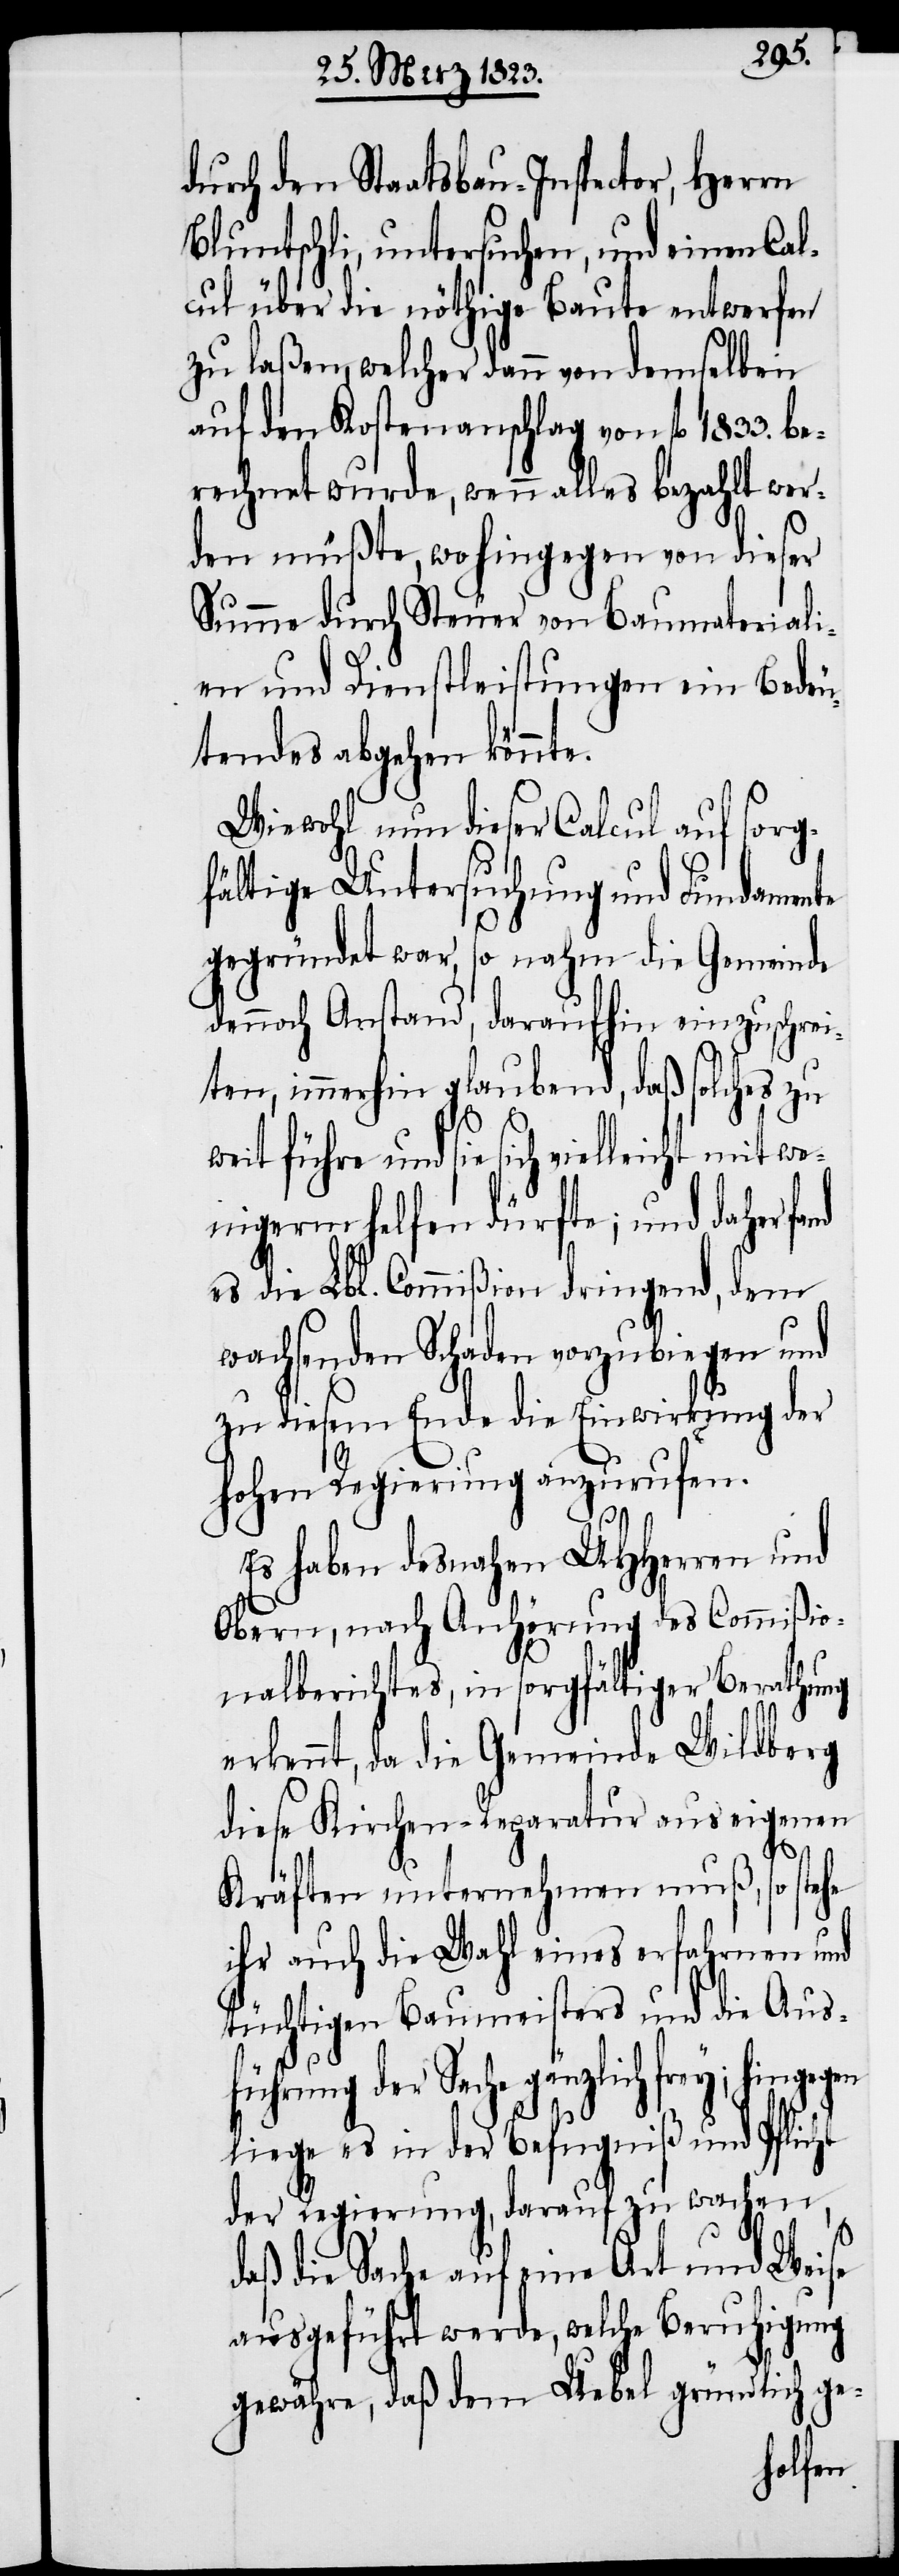
durch den Staatsbau-Inspector, Herrn
Bluntschli, untersuchen, und einen Cal¬
cul über die nöthige Baute entwerfen
zu laßen, welcher dann von demselben
auf den Kostenanschlag von fl. 1833. be¬
rechnet wurde, wenn alles bezahlt wer¬
den müßte, wo hingegen von dieser
Summe durch Steuer von Baumateriali¬
en und Dienstleistungen ein Bedeu¬
tendes abgehen könnte.
Wiewohl nun dieser Calcul auf sorg¬
fältige Untersuchung und Fundamente
gegründet war, so nahm die Gemeinde
dennoch Anstand, daraufhin einzuschrei¬
ten, immerhin glaubend, daß solches zu
weit führe und sie sich vielleicht mit we¬
nigerm helfen dürfte; und daher fa¬
es die Lbl. Commißion dringend, dem
wachsenden Schaden vorzubiegen und
zu diesem Ende die Einwirkung der
hohen Regierung anzurufen.
Es haben desnahen UHHerren und
Obern, nach Anhörung des Commißio¬
nalberichtes, in sorgfältiger Berathung
erkennt, da die Gemeinde Wildberg
diese Kirchen-Reparatur aus eigenen
ht
Kräften unternehmen muß, so stehe
ihr auch die Wahl eines erfahrnen und
tüchtigen Baumeisters und die Aus¬
führung der Sache gänzlich frey;
liege es in der Befugniß und Pflic¬
der Regierung, darauf zu wachen,
daß die Sache auf eine Art und Weise
ausgeführt werde, welche Beruhigung
gewähre, daß dem Uebel gründlich ge-